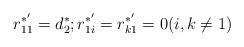
LaTeX: \begin{align*}r_{11}^{*'}=d^{*}_2;r_{1i}^{*'}=r_{k1}^{*'}=0(i,k\ne 1)\end{align*}